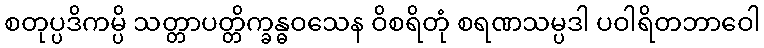
စတုပ္ပဒိကမ္ပိ သတ္တာပတ္တိက္ခန္ဓဝသေန ဝိစရိတုံ စရဏသမ္ပဒါ ပဝါရိတဘာဝေါ